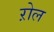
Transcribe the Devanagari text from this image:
ऱोल